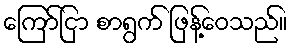
ကြော်ငြာ စာရွက် ဖြန့်ဝေသည်။